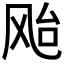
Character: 𱃗